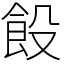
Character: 䬦